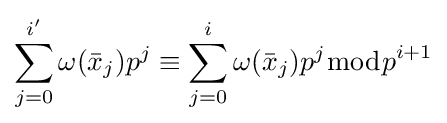
\sum _{j=0}^{i'}\omega ({\bar {x}}_{j})p^{j}\equiv \sum _{j=0}^{i}\omega ({\bar {x}}_{j})p^{j}{\bmod {p}}^{i+1}